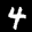
Label: 4